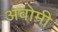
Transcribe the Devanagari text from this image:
अवोमी